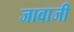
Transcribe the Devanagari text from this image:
जावाजी